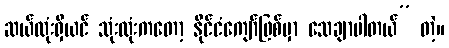
ဆယ်လုံးရှိယင် သုံးလုံးကတော့ နိုင်ငံကျော်ဖြစ်မှာ သေချာပါတယ်” တဲ့။